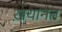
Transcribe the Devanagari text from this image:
ख़यानत